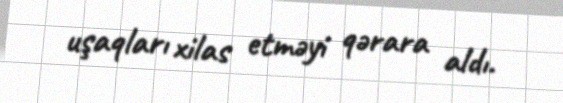
uşaqları xilas etməyi qərara aldı.